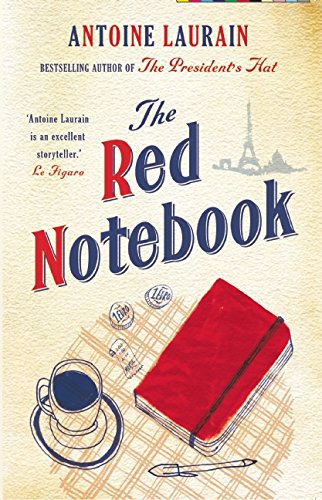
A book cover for The Red Notebook; Antoine Laurain; Romance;